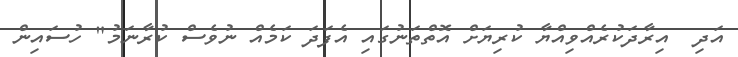
އަދި  އިރާދަކުރެއްވިއްޔާ ކުރިޔަށް އޮތްތަނުގައި އެފަދަ ކަމެއް ނުވެސް ކުރާނަމު" ހުސައިން